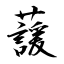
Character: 蘐